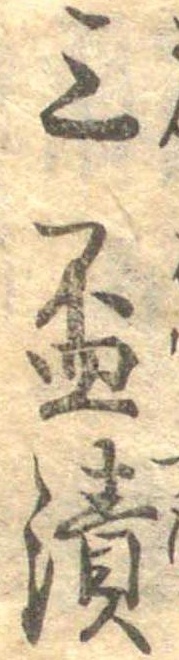
三杯漬